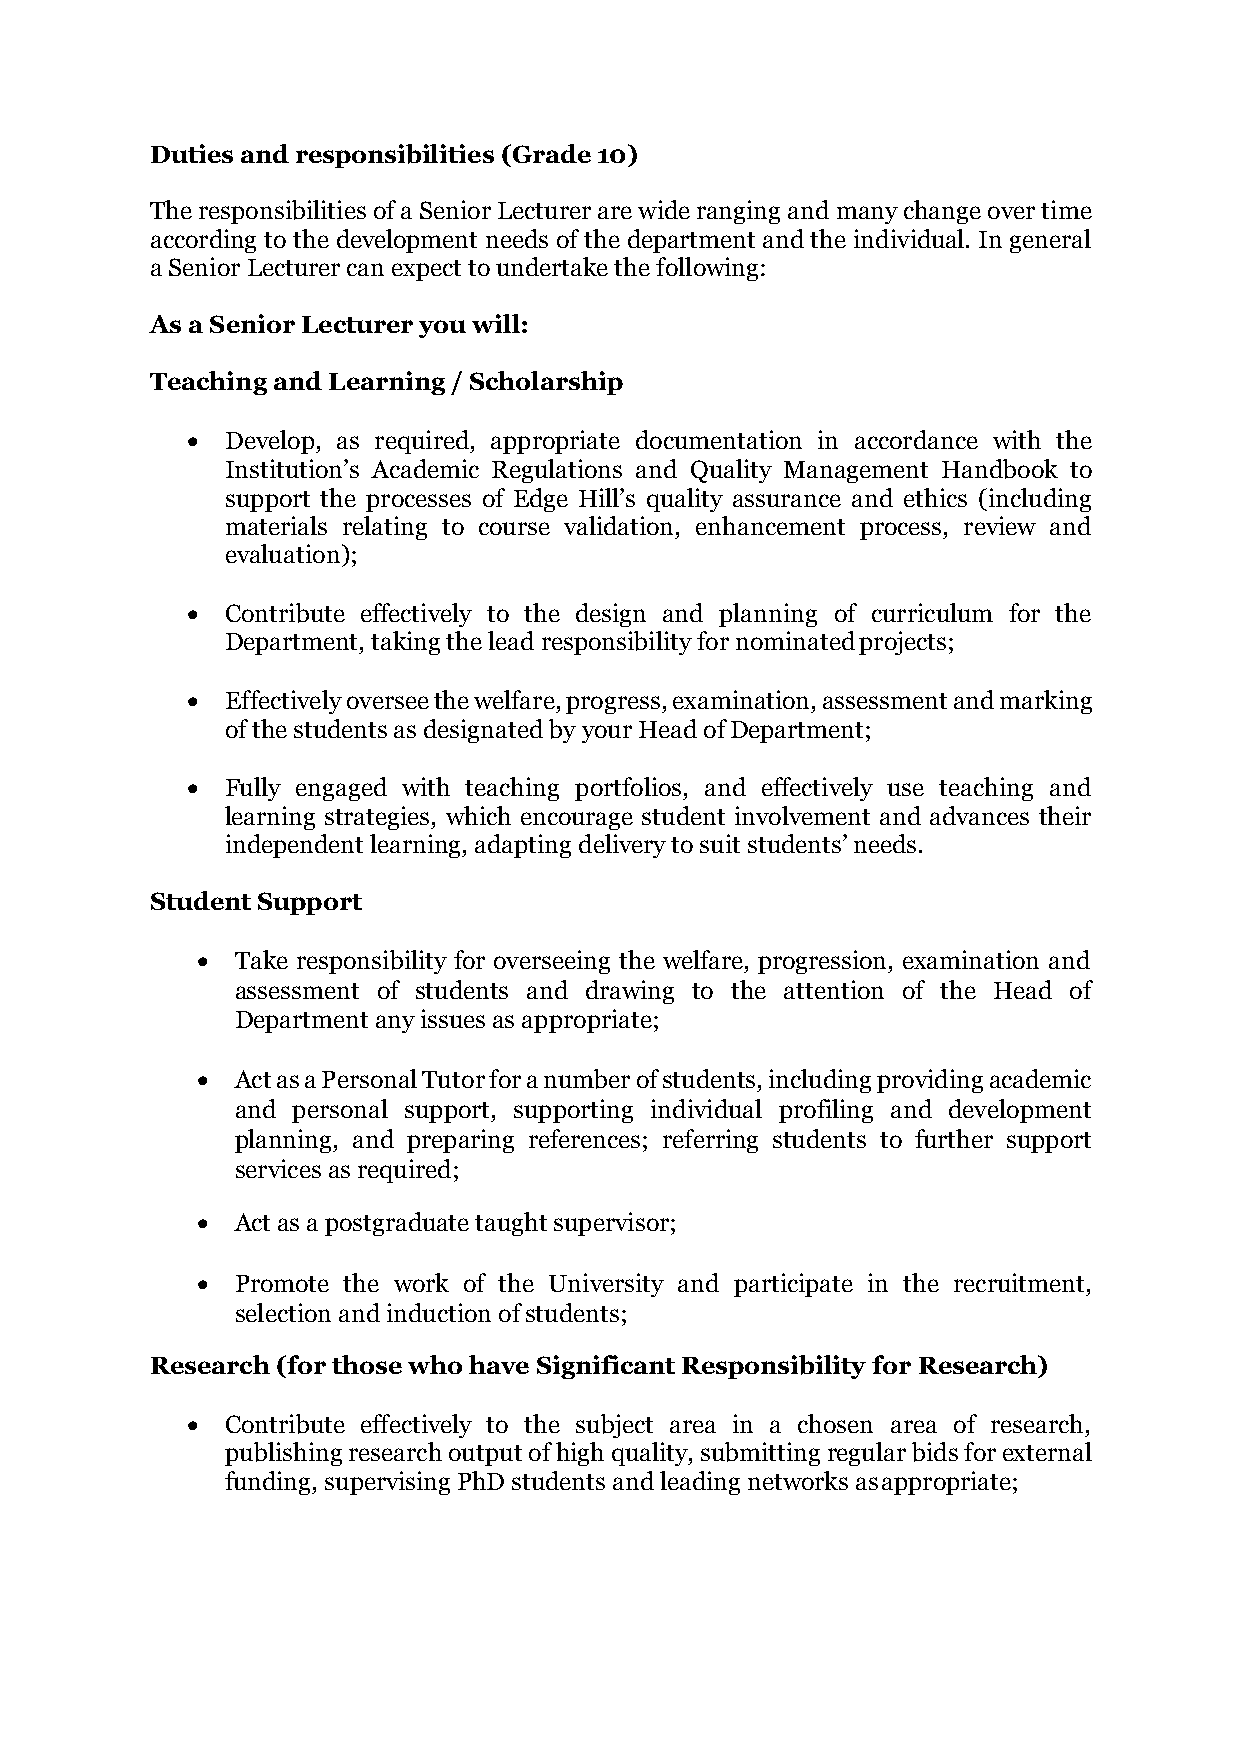
Duties and responsibilities (Grade 10)
 The responsibilities of a Senior Lecturer are wide ranging and many change over time
 according to the development needs of the department and the individual. In general
 a Senior Lecturer can expect to undertake the following:
 As a Senior Lecturer you will:
 Teaching and Learning / Scholarship
 •  Develop, as required, appropriate documentation in accordance with the
 Institution’s Academic Regulations and Quality Management Handbook to
 support the processes of Edge Hill’s quality assurance and ethics (including
 materials relating to course validation, enhancement process, review and
 evaluation);
 •  Contribute effectively to the design and planning of curriculum for the
 Department, taking the lead responsibility for nominated projects;
 •  Effectively oversee the welfare, progress, examination, assessment and marking
 of the students as designated by your Head of Department;
 •  Fully engaged with teaching portfolios, and effectively use teaching and
 learning strategies, which encourage student involvement and advances their
 independent learning, adapting delivery to suit students’ needs.
 Student Support
 •  Take responsibility for overseeing the welfare, progression, examination and
 assessment of students and drawing to the attention of the Head of
 Department any issues as appropriate;
 •  Act as a Personal Tutor for a number of students, including providing academic
 and personal support, supporting individual profiling and development
 planning, and preparing references; referring students to further support
 services as required;
 •  Act as a postgraduate taught supervisor;
 •  Promote the work of the University and participate in the recruitment,
 selection and induction of students;
 Research (for those who have Significant Responsibility for Research)
 •  Contribute effectively to the subject area in a chosen area of research,
 publishing research output of high quality, submitting regular bids for external
 funding, supervising PhD students and leading networks as appropriate;